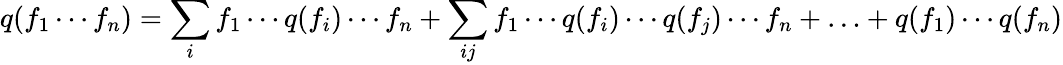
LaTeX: q(f_{1}\cdots f_{n})=\sum_{i}f_{1}\cdots q(f_{i})\cdots f_{n}+\sum_{ij}f_{1}\cdots q(f_{i})\cdots q(f_{j})\cdots f_{n}+\ldots+q(f_{1})\cdots q(f_{n})